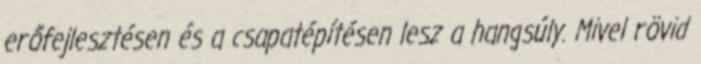
erőfejlesztésen és a csapatépítésen lesz a hangsúly. Mivel rövid